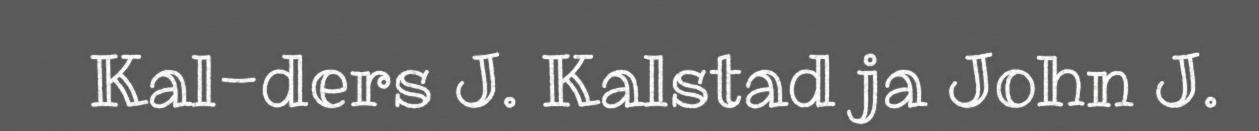
Kal-ders J. Kalstad ja John J.